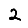
Digit: 2